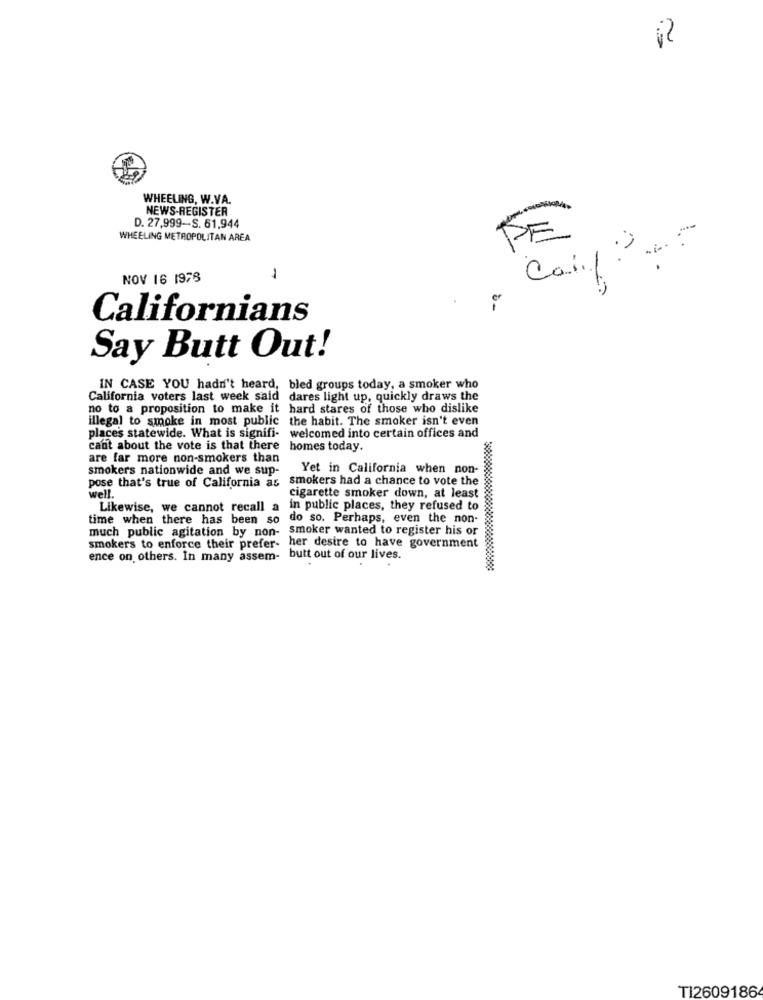
WHEELING, W.VA.
NEWS-REGISTER
FE
D. 27,999-S. 61,944
WHEELING METROPOLITAN AREA
NOV 16 1978
Californians
Say Butt Out!
IN CASE YOU hadn't heard, bled groups today, a smoker who
California voters last week said dares light up, quickly draws the
no to a proposition to make it hard stares of those who dislike
illegal to smoke in most public the habit. The smoker isn't even
places statewide. What is signifi- welcomed into certain offices and
cant about the vote is that there homes today.
are far more non-smokers than
smokers nationwide and we sup-
Yet in California when non-
pose that's true of California as smokers had a chance to vote the
well.
cigarette smoker down, at least
Likewise, we cannot recall a in public places, they refused to
time when there has been so do so. Perhaps, even the non-
much public agitation by non- smoker wanted to register his or
smokers to enforce their prefer- her desire to have government
ence on others. In many assem- butt out of our lives.
TI2609186